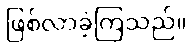
ဖြစ်လာခဲ့ကြသည်။